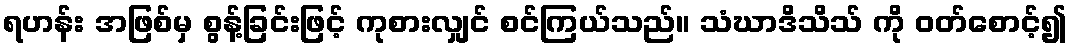
ရဟန်း အဖြစ်မှ စွန့်ခြင်းဖြင့် ကုစားလျှင် စင်ကြယ်သည်။ သံဃာဒိသိသ် ကို ဝတ်စောင့်၍